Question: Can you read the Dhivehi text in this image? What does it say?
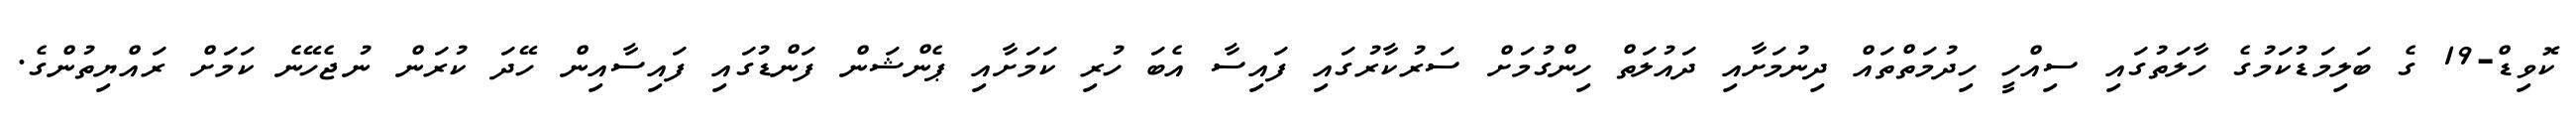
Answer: ކޮވިޑް-19 ގެ ބަލިމަޑުކަމުގެ ހާލަތުގައި ސިއްހީ ހިދުމަތްތައް ދިނުމަށާއި ދައުލަތް ހިންގުމަށް ސަރުކާރުގައި ފައިސާ އެބަ ހުރި ކަމަށާއި ޕެންޝަން ފަންޑުގައި ފައިސާއިން ހޭދަ ކުރަން ނުޖެހޭނެ ކަމަށް ރައްޔިތުންގެ.